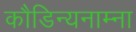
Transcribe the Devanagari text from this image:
कौडिन्यनाम्ना